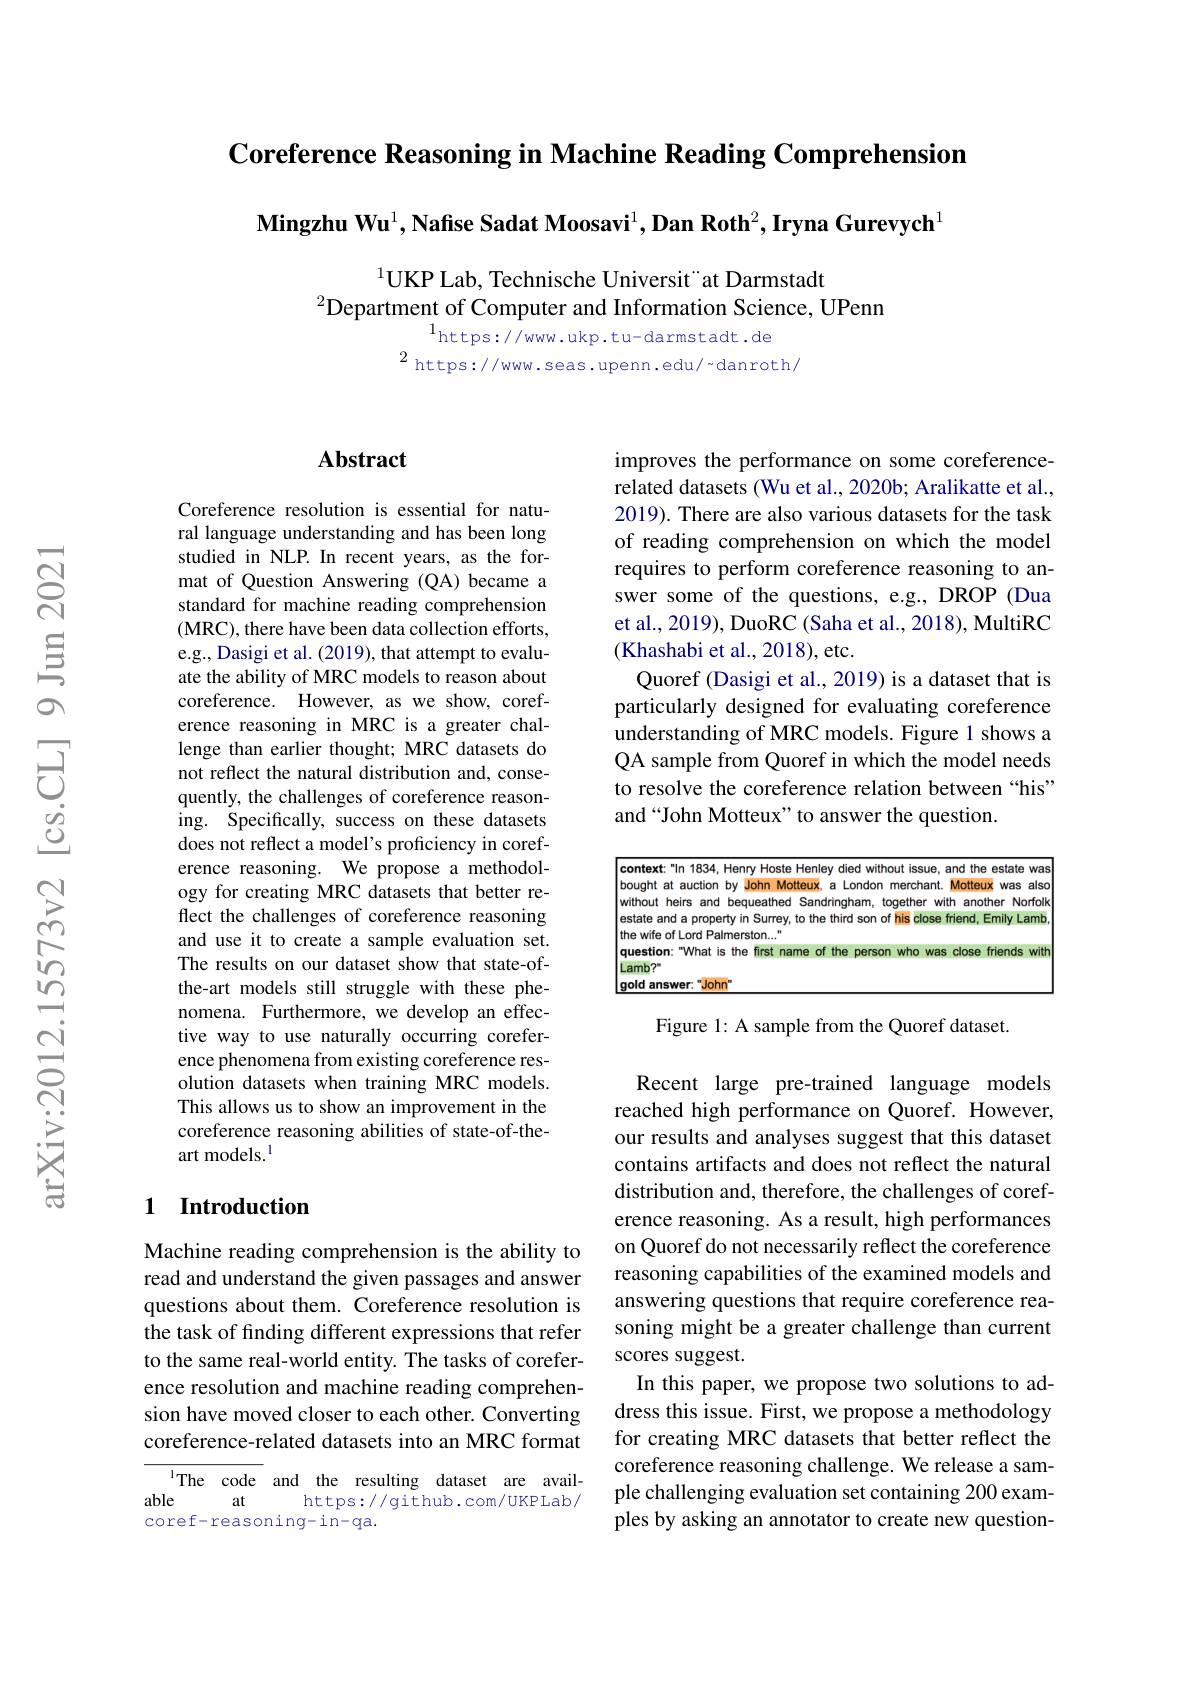
Coreference Reasoning in Machine Reading Comprehension

$\textbf{Mingzhu Wu}^1,\textbf{Nafise Sadat Moosavi}^1,\textbf{Dan Roth}^2,\textbf{Iryna Gurevych}^1$

$^{1}$UKP Lab, Technische Universit "at Darmstadt
$^{2}$Department of Computer and Information Science, UPenn
$^{1}$https://www.ukp.tu-darmstadt.de

$^{2}$ https://www.seas.upenn.edu/~danroth/

## $\mathbf{Abstract}$

Coreference resolution is essential for natural language understanding and has been long studied in NLP. In recent years, as the format of Question Answering (QA) became a standard for machine reading comprehension (MRC) , there have been data collection efforts, e.g., Dasigi et al. (2019), that attempt to evaluate the ability of MRC models to reason about coreference. However, as we show, coreference reasoning in MRC is a greater challenge than earlier thought; MRC datasets do not reflect the natural distribution and, consequently, the challenges of coreference reasoning. Specifically, success on these datasets does not reflect a model's proficiency in coreference reasoning. We propose a methodology for creating MRC datasets that better reflect the challenges of coreference reasoning and use it to create a sample evaluation set. The results on our dataset show that state-ofthe-art models still struggle with these phenomena. Furthermore, we develop an effective way to use naturally occurring coreference phenomena from existing coreference resolution datasets when training MRC models. This allows us to show an improvement in the coreference reasoning abilities of state-of-theart models.$^{\mathrm{l}}$

## 1 Introduction

Machine reading comprehension is the ability to read and understand the given passages and answer questions about them. Coreference resolution is the task of finding different expressions that refer to the same real-world entity. The tasks of coreference resolution and machine reading comprehension have moved closer to each other. Converting coreference-related datasets into an MRC format

IThe code and the resulting dataset are avail-
able
at
https://github.com/UKPLab/
coref-reasoning-in-qa.

improves the performance on some coreferencerelated datasets (Wu et al., 2020b; Aralikatte et al., 2019). There are also various datasets for the task of reading comprehension on which the model requires to perform coreference reasoning to answer some of the questions, e.g., DROP (Dua et al., 2019), DuoRC (Saha et al., 2018), MultiRC (Khashabi et al., 2018), etc.
Quoref (Dasigi et al., 2019) is a dataset that is particularly designed for evaluating coreference understanding of MRC models. Figure 1 shows a QA sample from Quoref in which the model needs to resolve the coreference relation between“his” and “John Motteux”to answer the question.

$\boxed{\text{context:"In 1834, Henry Hoste Henley died without issue, and the estate was}}$

bought at auction by John Motteux, a London merchant. Motteux was also

without heirs and bequeathed Sandringham, together with another Norfolk

estate and a property in Surrey, to the third son of his close friend, Emily Lamb

the wife of Lord Palmerston...

question:" What is the first name of the person who was close friends with

$Lamb?$

gold answer:"John

Figure 1: A sample from the Quoref dataset.

Recent large pre-trained language models reached high performance on Quoref. However, our results and analyses suggest that this dataset contains artifacts and does not reflect the natural distribution and, therefore, the challenges of coreference reasoning. As a result, high performances on Quoref do not necessarily reflect the coreference reasoning capabilities of the examined models and answering questions that require coreference reasoning might be a greater challenge than current scores suggest.
In this paper, we propose two solutions to address this issue. First, we propose a methodology for creating MRC datasets that better reflect the coreference reasoning challenge. We release a sample challenging evaluation set containing 200 examples by asking an annotator to create new question-